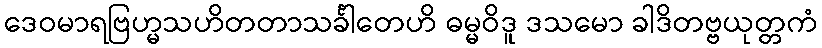
ဒေဝမာရဗြဟ္မသဟိတတာသင်္ခါတေဟိ ဓမ္မဝိဒူ ဒသမော ခါဒိတဗ္ဗယုတ္တကံ